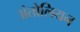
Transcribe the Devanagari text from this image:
अंतोलियन